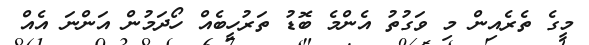
މީގެ ތެރެއިން މި ވަގުތު އެންމެ ބޮޑު ތަރުހީބެއް ހޯދަމުން އަންނަ އެއް